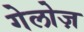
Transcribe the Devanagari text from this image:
गेलोज़